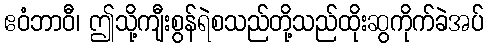
ဧဝံဘာဝီ၊ ဤသို့ကျီးစွန်ရဲစသည်တို့သည်ထိုးဆွကိုက်ခဲအပ်